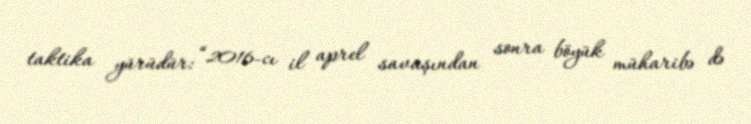
taktika yürüdür: “2016-cı il aprel savaşından sonra böyük müharibə də